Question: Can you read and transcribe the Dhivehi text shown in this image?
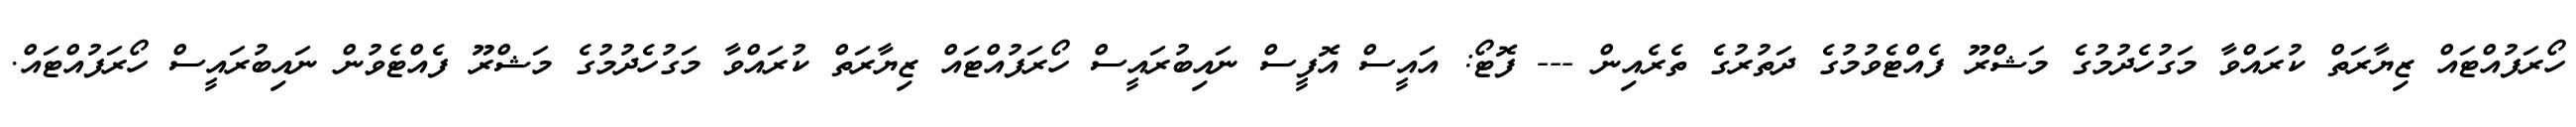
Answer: ހޯރަފުއްޓައް ޒިޔާރަތް ކުރައްވާ މަގުހެދުމުގެ މަޝްރޫ ފެއްޓެވުމުގެ ދަތުރުގެ ތެރެއިން --- ފޮޓޯ: އައީސް އޮފީސް ނައިބުރައީސް ހޯރަފުއްޓައް ޒިޔާރަތް ކުރައްވާ މަގުހެދުމުގެ މަޝްރޫ ފެއްޓެވުން ނައިބުރައީސް ހޯރަފުއްޓައް.